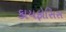
કાયફોસિસ